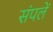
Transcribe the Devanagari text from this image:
संपलें